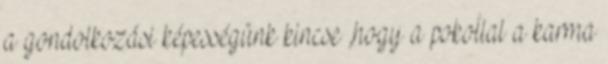
a gondolkozási képességünk kincse ,hogy a pokollal a karma